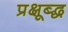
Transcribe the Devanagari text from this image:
प्रक्षूब्द्ध